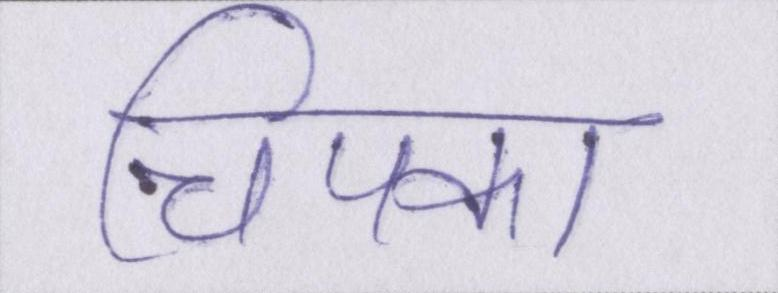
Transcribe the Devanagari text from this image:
चिपका